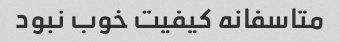
متاسفانه کیفیت خوب نبود